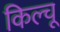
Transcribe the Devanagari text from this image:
किल्चू